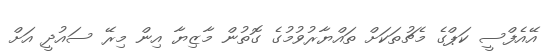
އޭއެފްސީ ކަޕްގެ މެޗުތަކަށް ތައްޔާރުވުމުގެ ގޮތުން މާޒިޔާ އިން މިރޭ ސައުދީ އަށް